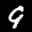
Label: 9